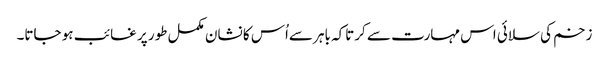
زخم کی سلائی اس مہارت سے کرتاکہ باہر سےاُس کا نشان مکمل طور پر غائب ہو جاتا۔